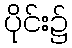
ပိုင်း၌